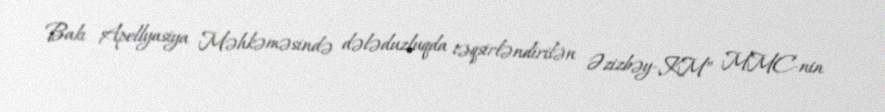
Bakı Apellyasiya Məhkəməsində dələduzluqda təqsirləndirilən Əzizbəy-KM” MMC-nin